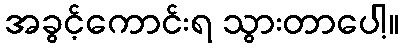
အခွင့်ကောင်းရ သွားတာပေါ့။